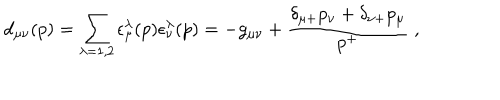
d _ { \mu \nu } ( p ) = \sum _ { \lambda = 1 , 2 } \epsilon _ { \mu } ^ { \lambda } ( p ) \epsilon _ { \nu } ^ { \lambda } ( p ) = - g _ { \mu \nu } + { \frac { \delta _ { \mu + } p _ { \nu } + \delta _ { \nu + } p _ { \mu } } { p ^ { + } } } \; ,